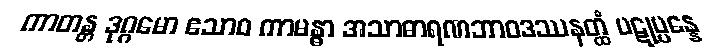
ကာတန္တ ဒုဂ္ဂမော ဧသာဝ ကာမန္ဓာ အသာဓာရဏဘာဝဒဿနတ္ထံ ပဋုပ္ပန္နေ